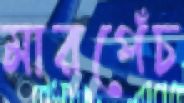
মারপেঁচ